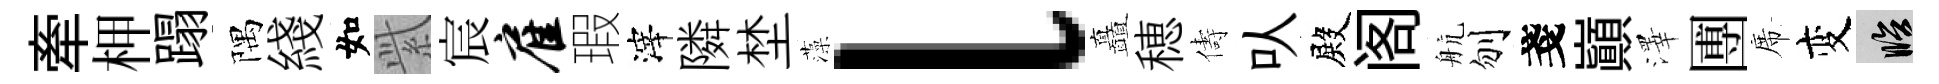
牽柙蹋隅綫如𬗋宸雇瑕滓隣埜藻l矗穂儔㕥殿阁航刎戔巔澤圑席变臨